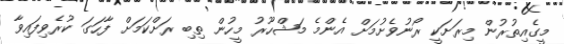
މީގެއިތުރުން މިރަށަކީ ރޯނުވެށުމަށް އެންމެ މަޝްހޫރު މީހުން ތިބި ރަށްކަމަށް ފާހަގަ ކުރެވިފައިވާ